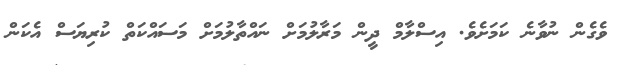
ވެގެން ނުވާނެ ކަމަށެވެ. އިސްލާމް ދީން މަރާލުމަށް ނައްތާލުމަށް މަސައްކަތް ކުރިޔަސް އެކަން